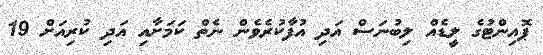
ޕޮއިންޓުގެ ލީޑެއް ލިބުނަސް އަދި އުފާކުރެވެން ނެތް ކަމަށާއި އަދި ކުރިއަށް 19